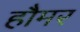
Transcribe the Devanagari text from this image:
हौमर